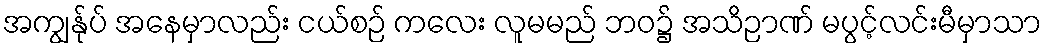
အကျွန်ုပ် အနေမှာလည်း ငယ်စဉ် ကလေး လူမမည် ဘဝ၌ အသိဉာဏ် မပွင့်လင်းမီမှာသာ